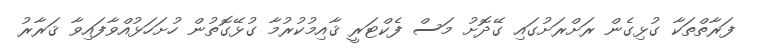
ފަރާތްތަކާ ގުޅިގެން ރަށްރަށުގައި ގޭދޮށު މަސް ފެކްޓަރީ ޤާއިމުކުރުމާ ގުޅޭގޮތުން ހުށަހަޅުއްވާފައިވާ ޤަރާރު